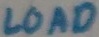
Text: LOAD